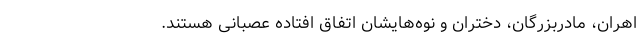
اهران، مادربزرگان، دختران و نوه‌هایشان اتفاق افتاده عصبانی هستند.